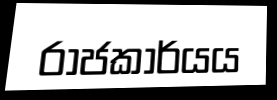
රාජකාර්යය